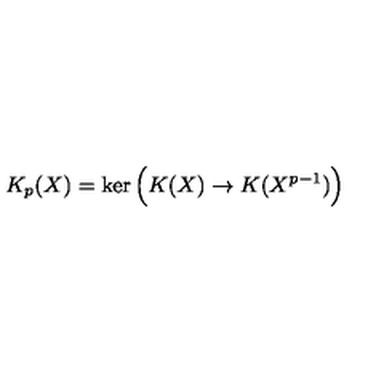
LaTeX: K _ { p } ( X ) = \ker \Big ( K ( X ) \to K ( X ^ { p - 1 } ) \Big )